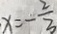
\cdot x = - \frac { 2 } { 3 }